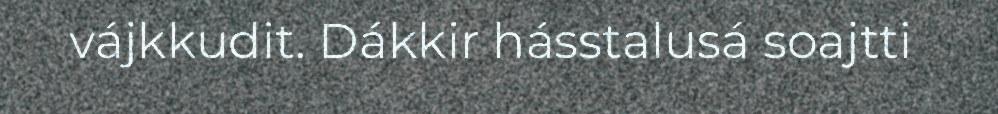
vájkkudit. Dákkir hásstalusá soajtti